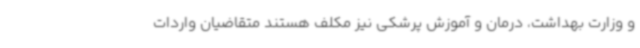
و وزارت بهداشت، درمان و آموزش پرشکی نیز مکلف هستند متقاضیان واردات